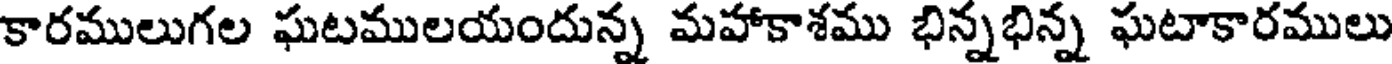
కారములుగల ఘటములయందున్న మహాకాశము భిన్నభిన్న ఘటాకారములు